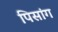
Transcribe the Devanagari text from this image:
पिसांग